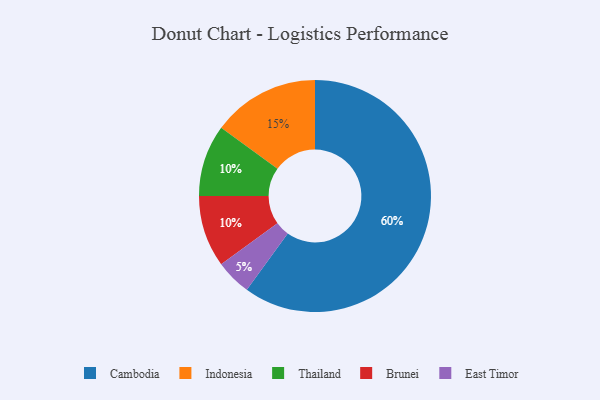
{"axis": {"x": "Category", "y": "Percentage"}, "legend": ["Brunei", "Cambodia", "East Timor", "Indonesia", "Thailand"], "data": [{"x": "Cambodia", "y": 60, "type": "Cambodia"}, {"x": "East Timor", "y": 5, "type": "East Timor"}, {"x": "Indonesia", "y": 15, "type": "Indonesia"}, {"x": "Thailand", "y": 10, "type": "Thailand"}, {"x": "Brunei", "y": 10, "type": "Brunei"}]}